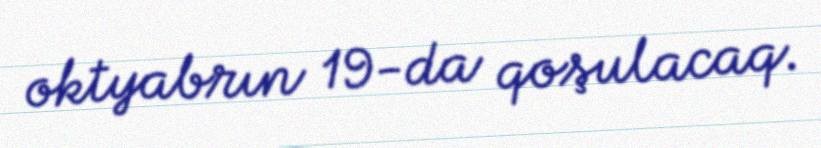
oktyabrın 19-da qoşulacaq.